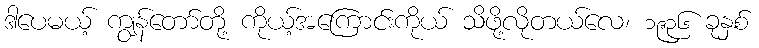
ဒါပေမယ့် ကျွန်တော်တို့ ကိုယ့်အကြောင်းကိုယ် သိဖို့လိုတယ်လေ၊ ၁၉၃၆ ခုနှစ်